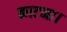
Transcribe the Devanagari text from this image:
काटना।